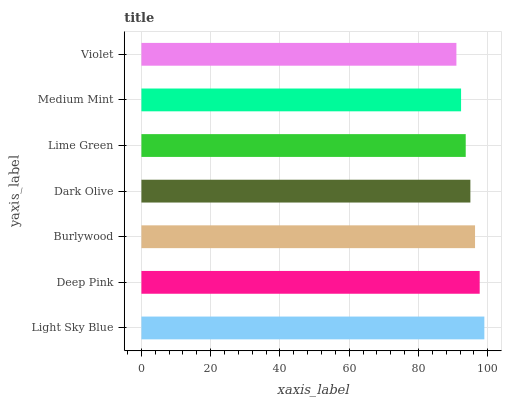
| yaxis_label | bars |
 | --- | --- |
 | Light Sky Blue | 99 |
 | Deep Pink | 97.7 |
 | Burlywood | 96.3 |
 | Dark Olive | 95 |
 | Lime Green | 93.6 |
 | Medium Mint | 92.3 |
 | Violet | 90.9 |